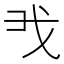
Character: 𢦐